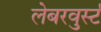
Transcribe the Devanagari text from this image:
लेबरवुर्स्ट